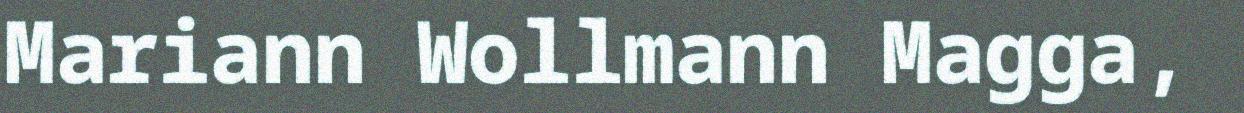
Mariann Wollmann Magga,